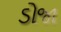
ડોજા